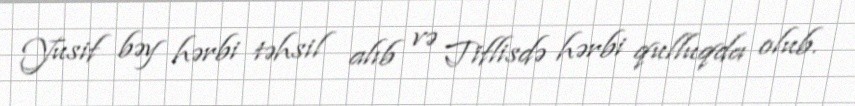
Yusif bəy hərbi təhsil alıb və Tiflisdə hərbi qulluqda olub.